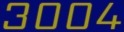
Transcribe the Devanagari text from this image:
३००४